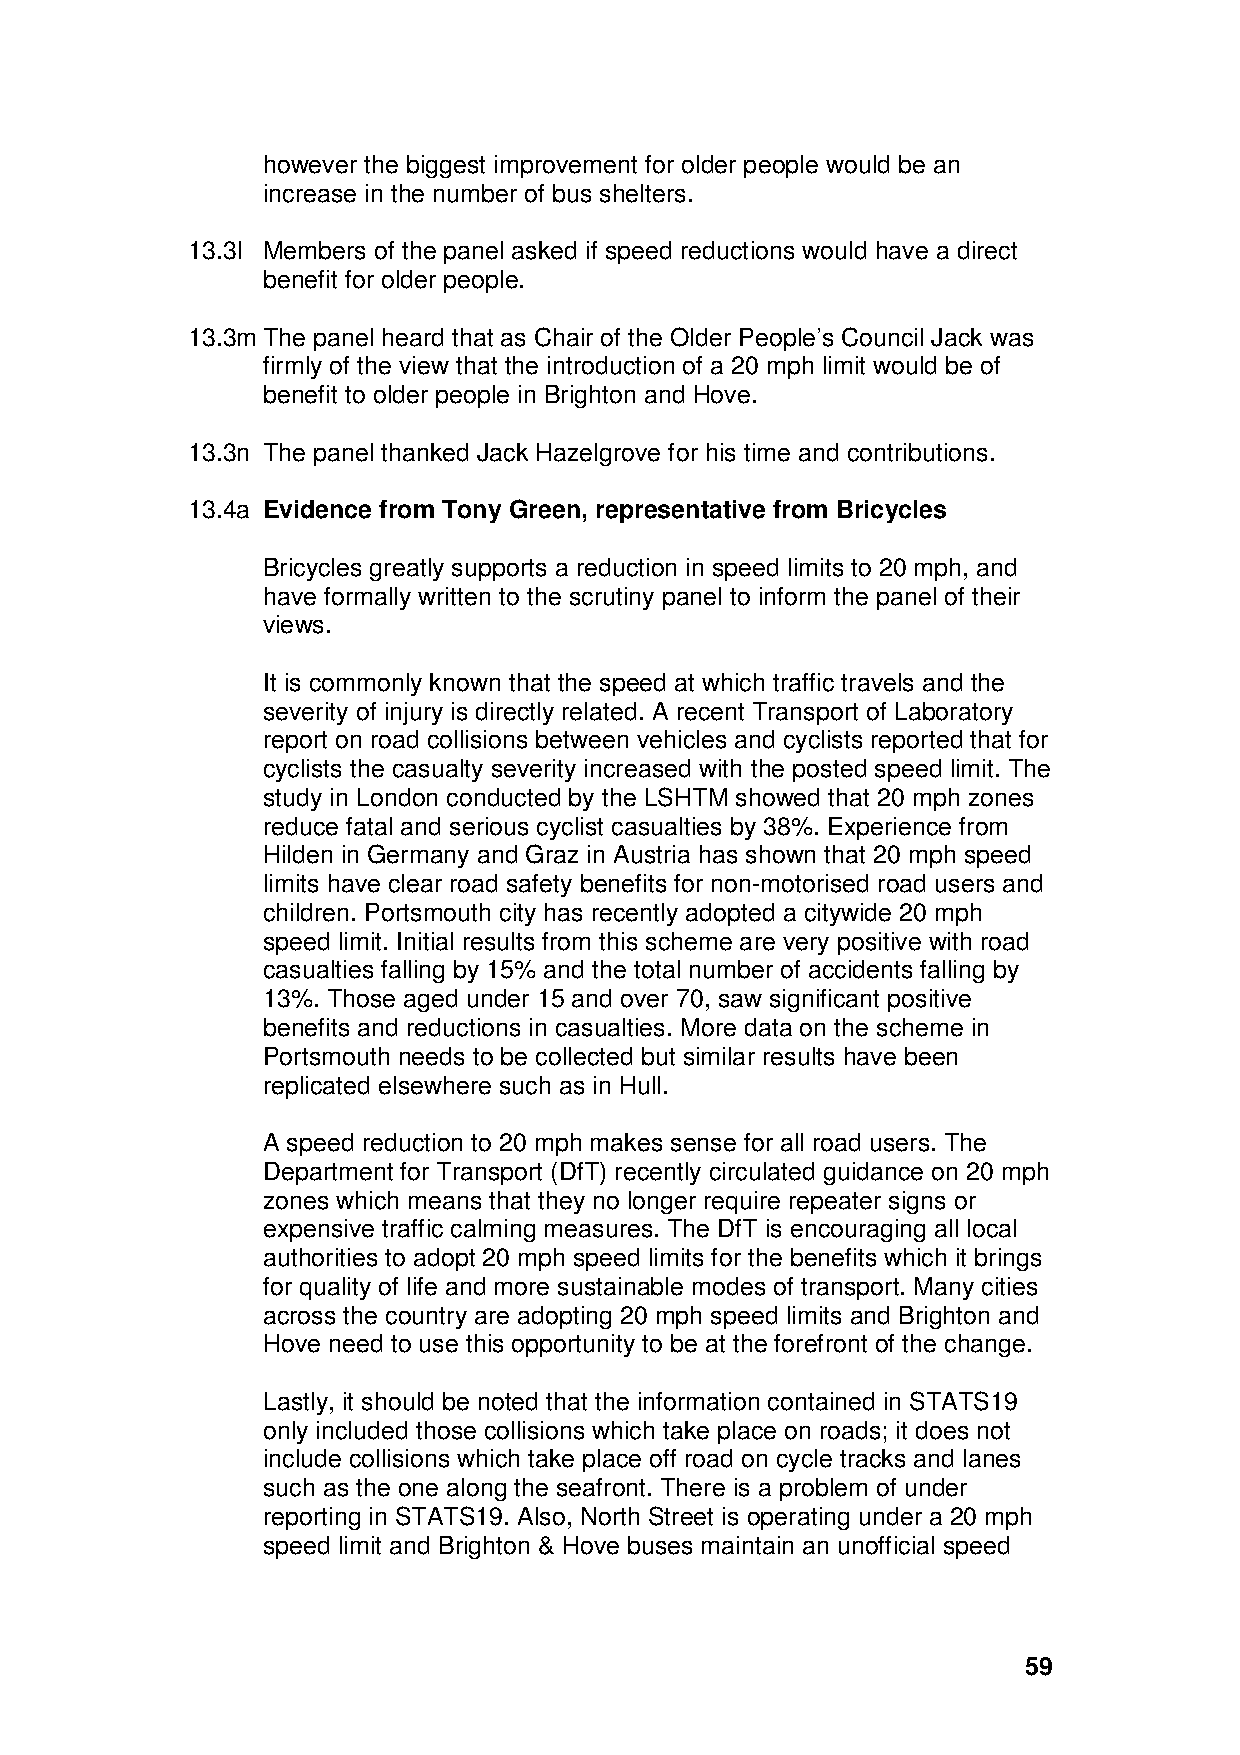
however the biggest improvement for older people would be an
 increase in the number of bus shelters.
 13.3l Members of the panel asked if speed reductions would have a direct
 benefit for older people.
 13.3m The panel heard that as Chair of the Older People’s Council Jack was
 firmly of the view that the introduction of a 20 mph limit would be of
 benefit to older people in Brighton and Hove.
 13.3n The panel thanked Jack Hazelgrove for his time and contributions.
 13.4a Evidence from Tony Green, representative from Bricycles
 Bricycles greatly supports a reduction in speed limits to 20 mph, and
 have formally written to the scrutiny panel to inform the panel of their
 views.
 It is commonly known that the speed at which traffic travels and the
 severity of injury is directly related. A recent Transport of Laboratory
 report on road collisions between vehicles and cyclists reported that for
 cyclists the casualty severity increased with the posted speed limit. The
 study in London conducted by the LSHTM showed that 20 mph zones
 reduce fatal and serious cyclist casualties by 38%. Experience from
 Hilden in Germany and Graz in Austria has shown that 20 mph speed
 limits have clear road safety benefits for non-motorised road users and
 children. Portsmouth city has recently adopted a citywide 20 mph
 speed limit. Initial results from this scheme are very positive with road
 casualties falling by 15% and the total number of accidents falling by
 13%. Those aged under 15 and over 70, saw significant positive
 benefits and reductions in casualties. More data on the scheme in
 Portsmouth needs to be collected but similar results have been
 replicated elsewhere such as in Hull.
 A speed reduction to 20 mph makes sense for all road users. The
 Department for Transport (DfT) recently circulated guidance on 20 mph
 zones which means that they no longer require repeater signs or
 expensive traffic calming measures. The DfT is encouraging all local
 authorities to adopt 20 mph speed limits for the benefits which it brings
 for quality of life and more sustainable modes of transport. Many cities
 across the country are adopting 20 mph speed limits and Brighton and
 Hove need to use this opportunity to be at the forefront of the change.
 Lastly, it should be noted that the information contained in STATS19
 only included those collisions which take place on roads; it does not
 include collisions which take place off road on cycle tracks and lanes
 such as the one along the seafront. There is a problem of under
 reporting in STATS19. Also, North Street is operating under a 20 mph
 speed limit and Brighton & Hove buses maintain an unofficial speed
 59